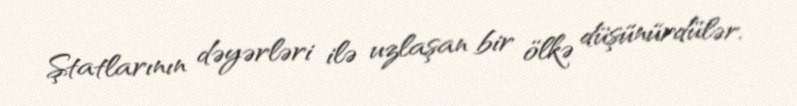
Ştatlarının dəyərləri ilə uzlaşan bir ölkə düşünürdülər.